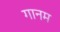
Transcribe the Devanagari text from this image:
गानम